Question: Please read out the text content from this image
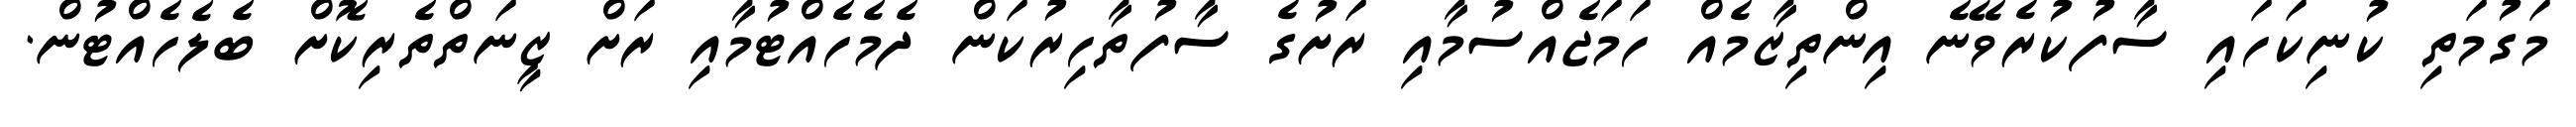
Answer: މަގުމަތި ކުނިކަހައި ސާފުކުރެވޭނެ އިންތިޒާމެއް ހަމަޖެއްސުމާއި ރަށުގެ ސާފުތާހިރުކަން ދެމެހެއްޓުމާއި ރަށް ޒީނަތްތެރިކޮށް ބެލެހެއްޓުން.